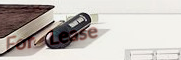
For Lease